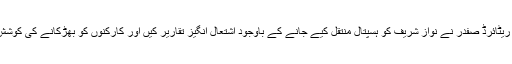
کیپٹن ریٹائرڈ صفدر نے نواز شریف کو ہسپتال منتقل کیے جانے کے باوجود اشتعال انگیز تقاریر کیں اور کارکنوں کو بھڑکانے کی کوشش کی۔